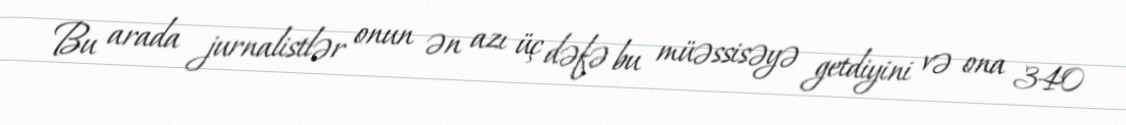
Bu arada jurnalistlər onun ən azı üç dəfə bu müəssisəyə getdiyini və ona 340